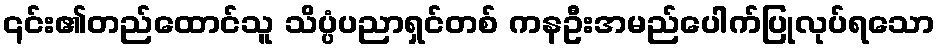
၎င်း၏တည်ထောင်သူ သိပ္ပံပညာရှင်တစ် ကနဦးအမည်ပေါက်ပြုလုပ်ရသော